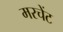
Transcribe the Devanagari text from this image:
मरचेंट